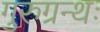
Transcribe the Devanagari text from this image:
गुरुग्रन्थः